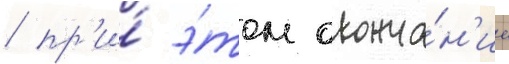
/ пр'и́ э́том оконча́н'ие